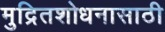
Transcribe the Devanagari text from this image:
मुद्रितशोधनासाठी